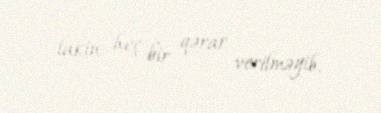
lakin heç bir qərar verilməyib.